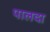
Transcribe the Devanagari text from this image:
पालदा